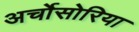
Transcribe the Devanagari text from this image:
अर्चोसोरिया